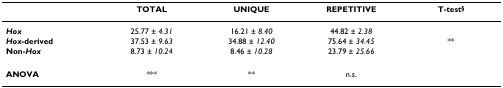
<table><thead><tr><td></td><td><b>TOTAL</b></td><td><b>UNIQUE</b></td><td><b>REPETITIVE</b></td><td><b>T-test<sup>§</sup></b></td></tr></thead><tbody><tr><td><b><i>Hox</i></b></td><td>25.77 ± <i>4.31</i></td><td>16.21 ± <i>8.40</i></td><td>44.82 ± <i>2.38</i></td><td></td></tr><tr><td><b><i>Hox</i>-derived</b></td><td>37.53 ± <i>9.63</i></td><td>34.88 ± <i>12.40</i></td><td>75.64 ± <i>34.45</i></td><td>**</td></tr><tr><td><b>Non-<i>Hox</i></b></td><td>8.73 ± <i>10.24</i></td><td>8.46 ± <i>10.28</i></td><td>23.79 ± <i>25.66</i></td><td></td></tr><tr><td><b>ANOVA</b></td><td>***</td><td>**</td><td>n.s.</td><td></td></tr></tbody></table>